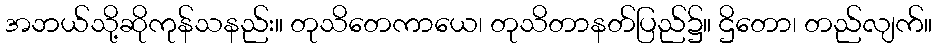
အဘယ်သို့ဆိုကုန်သနည်း။ တုသိတေကာယေ၊ တုသိတာနတ်ပြည်၌။ ဌိတော၊ တည်လျက်။